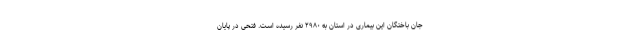
جان باختگان این بیماری در استان به ۲۹۸۰ نفر رسیده است. فتحی در پایان